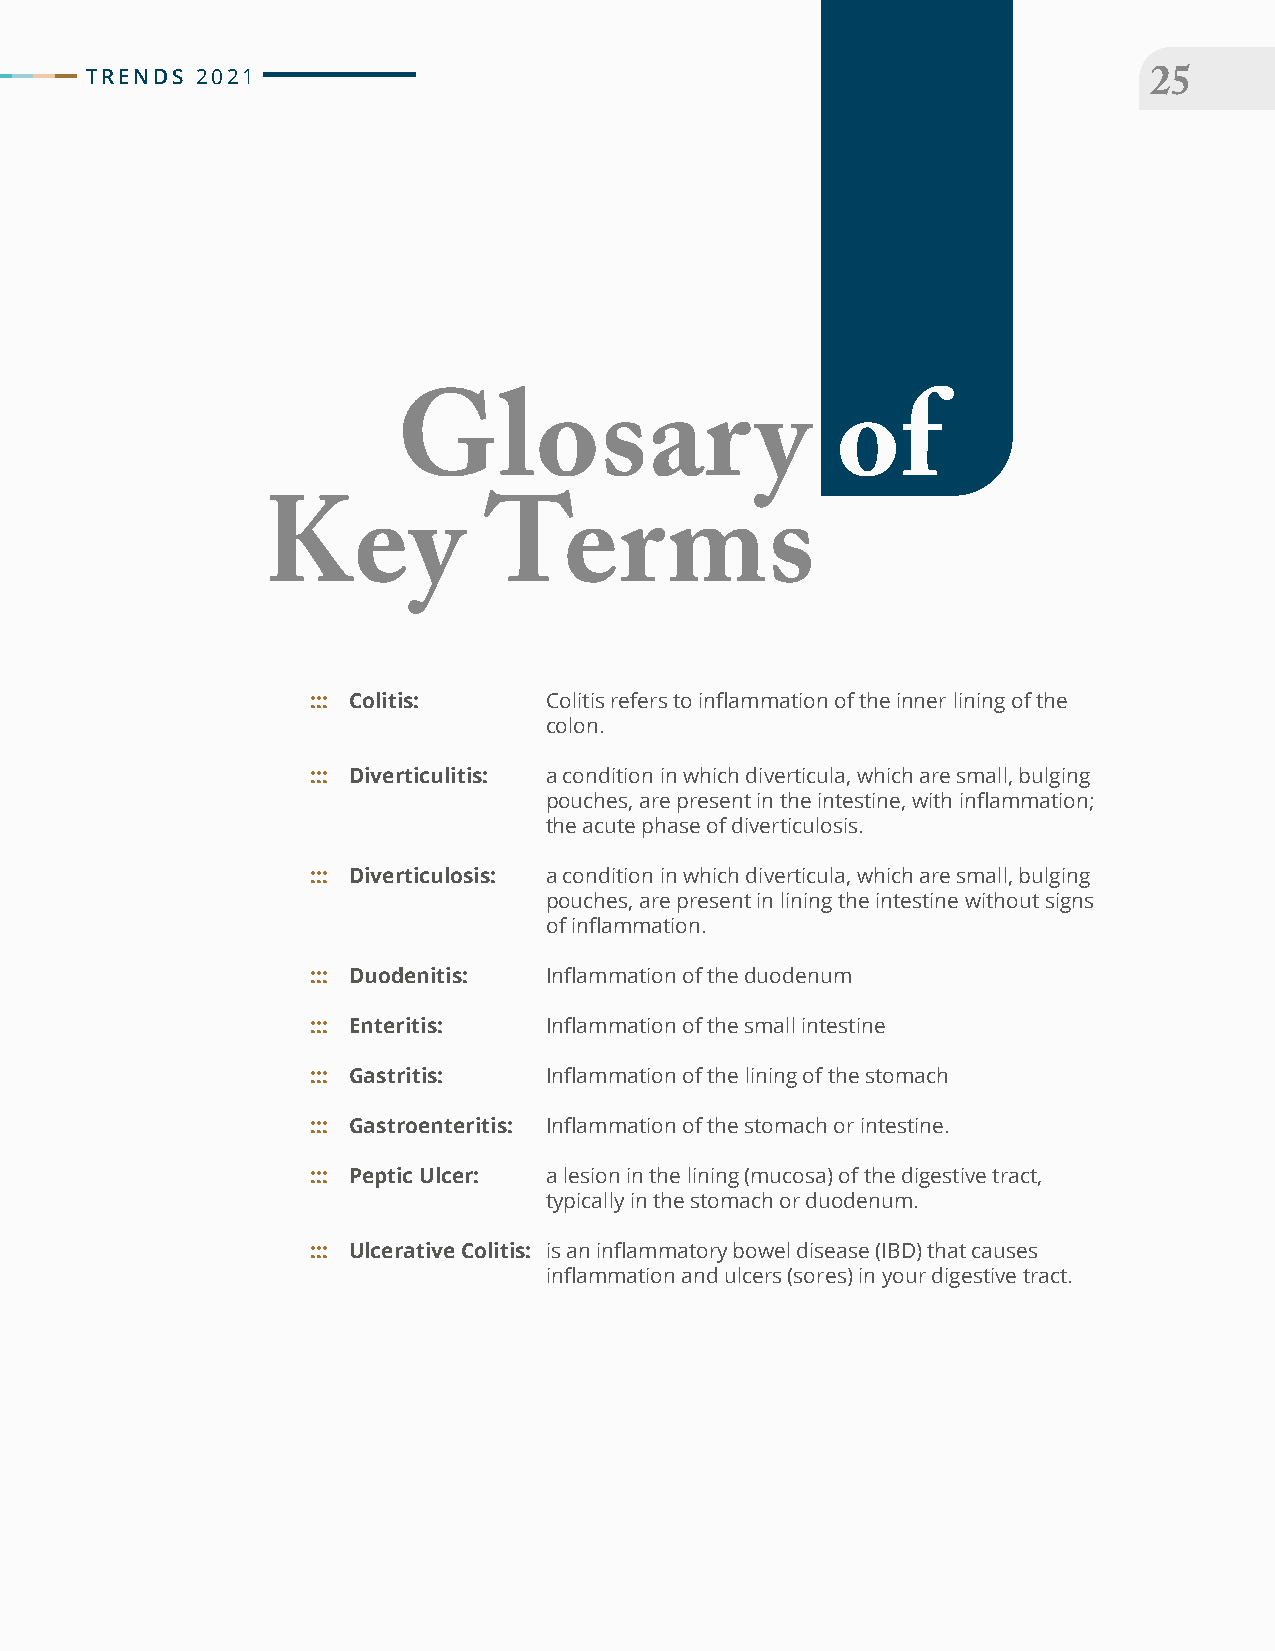
TRENDS 2021
 25
 Glosar                  y    of
 Key            Terms
 ::: Colitis:   Colitis refers to inflammation of the inner lining of the
 colon.
 ::: Diverticulitis: a condition in which diverticula, which are small, bulging
 pouches, are present in the intestine, with inflammation;
 the acute phase of diverticulosis.
 ::: Diverticulosis: a condition in which diverticula, which are small, bulging
 pouches, are present in lining the intestine without signs
 of inflammation.
 ::: Duodenitis: Inflammation of the duodenum
 ::: Enteritis: Inflammation of the small intestine
 ::: Gastritis: Inflammation of the lining of the stomach
 ::: Gastroenteritis: Inflammation of the stomach or intestine.
 ::: Peptic Ulcer: a lesion in the lining (mucosa) of the digestive tract,
 typically in the stomach or duodenum.
 ::: Ulcerative Colitis: is an inflammatory bowel disease (IBD) that causes
 inflammation and ulcers (sores) in your digestive tract.